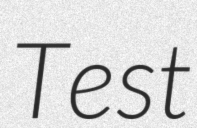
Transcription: Test